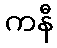
ကနီ